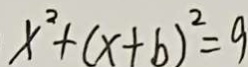
x ^ { 2 } + ( x + b ) ^ { 2 } = 9